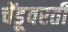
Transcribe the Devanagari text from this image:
चेंडूवरती